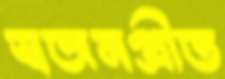
স্বজনপ্রীত